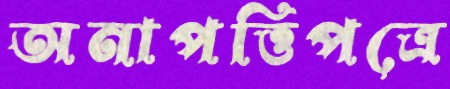
অনাপত্তিপত্রে